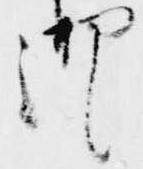
御